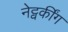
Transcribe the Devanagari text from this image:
नेट्वर्कींग